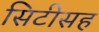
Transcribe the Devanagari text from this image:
सिटीसह